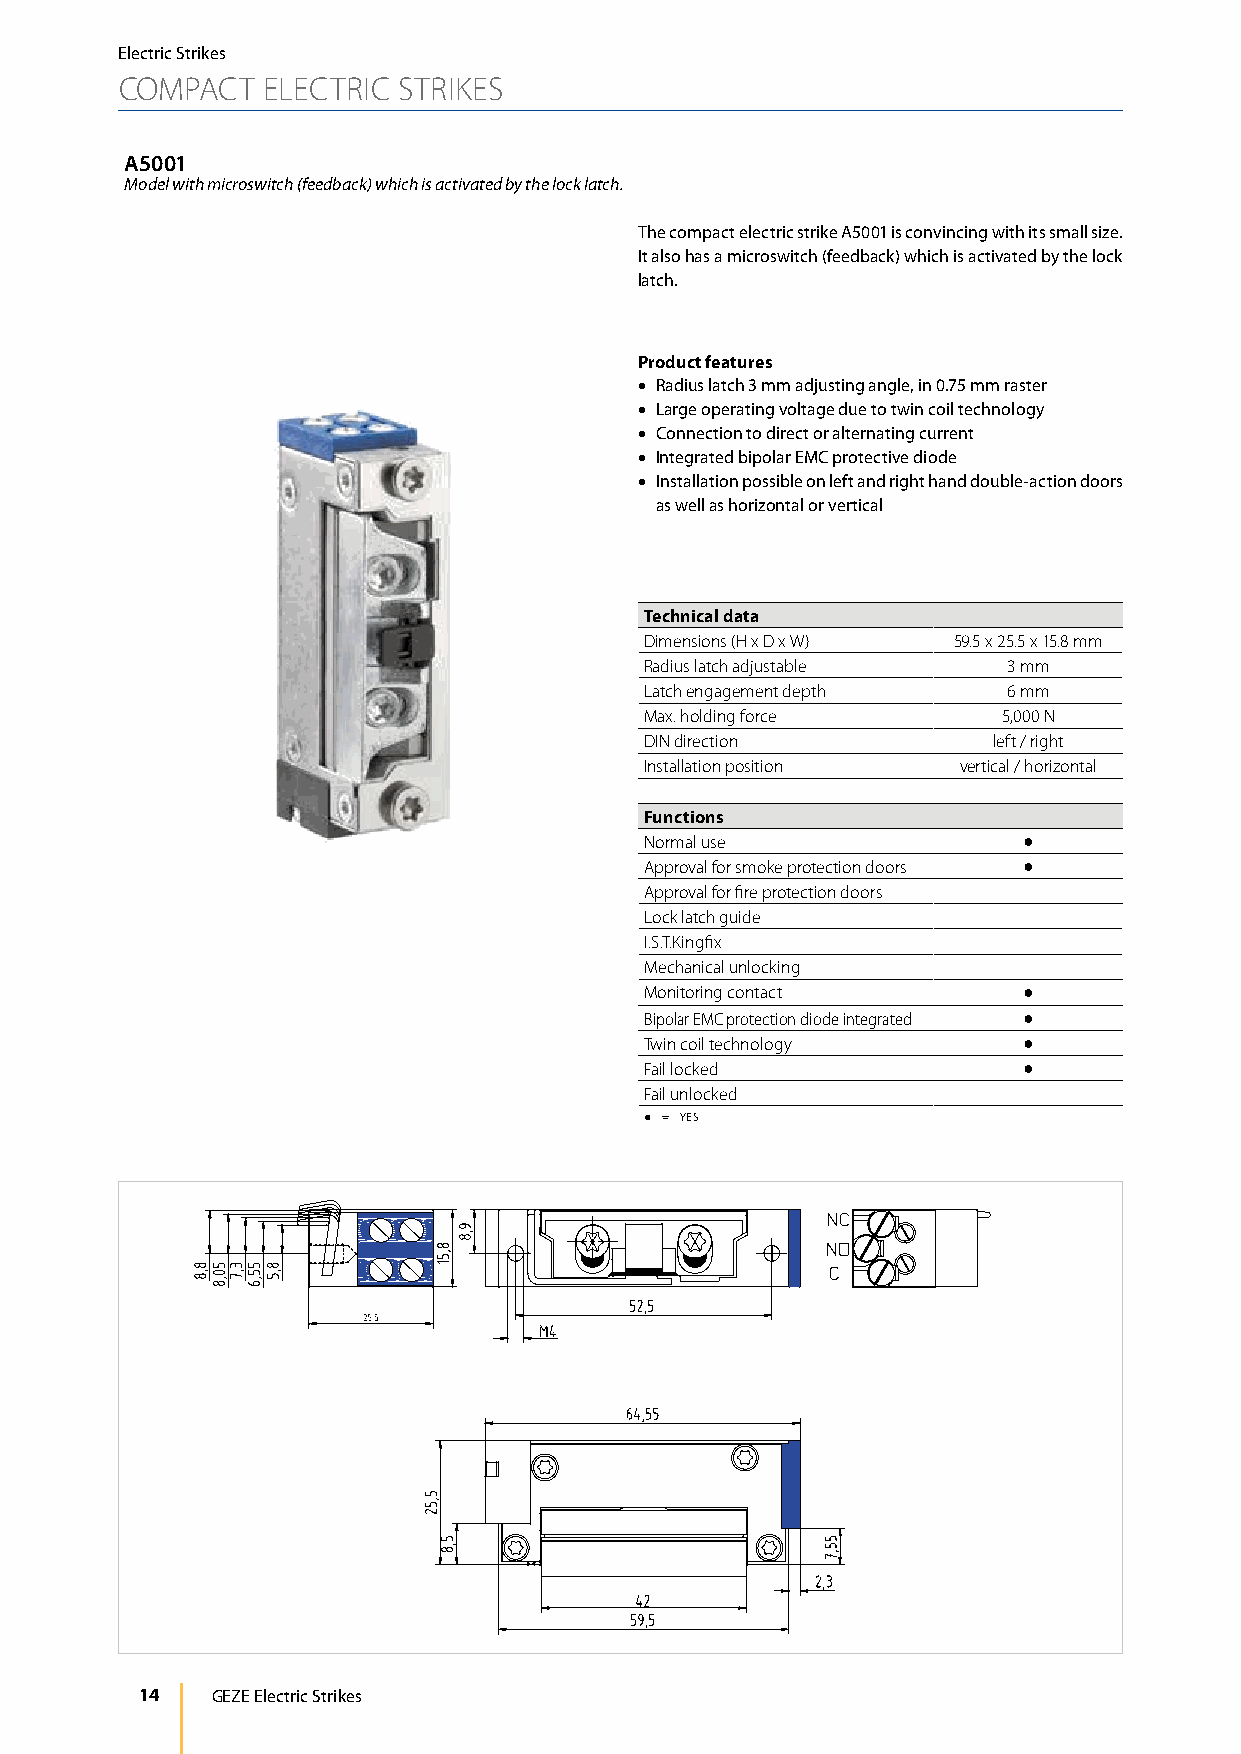
Electric Strikes
 COMPACT  ELECTRIC STRIKES
 A5001
 Model with microswitch (feedback) which is activated by the lock latch.
 The compact electric strike A5001 is convincing with its small size.
 It also has a microswitch (feedback) which is activated by the lock
 latch.
 Product features
 • Radius latch 3 mm adjusting angle, in 0.75 mm raster
 • Large operating voltage due to twin coil technology
 • Connection to direct or alternating current
 • Integrated bipolar EMC protective diode
 • Installation possible on left and right hand double-action doors
 as well as horizontal or vertical
 Technical data
 Dimensions (H x D x W) 59.5 x 25.5 x 15.8 mm
 Radius latch adjustable 3 mm
 Latch engagement depth  6 mm
 Max. holding force     5,000 N
 DIN direction          left / right
 Installation position vertical / horizontal
 Functions
 Normal use               ●
 Approval for smoke protection doors ●
 Approval for fire protection doors
 Lock latch guide
 I.S.T.Kingfix
 Mechanical unlocking
 Monitoring contact       ●
 Bipolar EMC protection diode integrated ●
 Twin coil technology     ●
 Fail locked              ●
 Fail unlocked
 ● = YES
 14   GEZE Electric Strikes